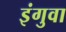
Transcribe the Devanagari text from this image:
इंगुवा